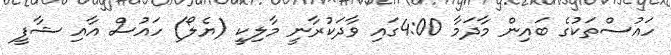
ހައުސްތަކުގެ ބައިން މާދަމާ 4:00ގައި ވާދަކުރާނީ މާލިކީ (ޔެލޯ) ހައުސް އާއި ޝާފީ